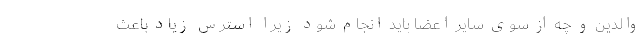
والدین و چه از سوی سایر اعضا باید انجام شود زیرا استرس زیاد باعث